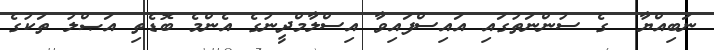
ނަބިއްޔާ  ގެ ސުންނަތުގައި އައިސްފައިވާ އިސްލާމްދީނުގެ އެންމެ ބޮޑެތި އަޞްލު ތަކުގެ